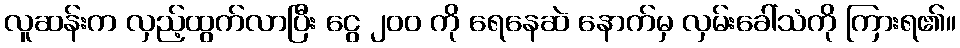
လူဆန်းက လှည့်ထွက်လာပြီး ငွေ ၂၀၀ ကို ရေနေဆဲ နောက်မှ လှမ်းခေါ်သံကို ကြားရ၏။